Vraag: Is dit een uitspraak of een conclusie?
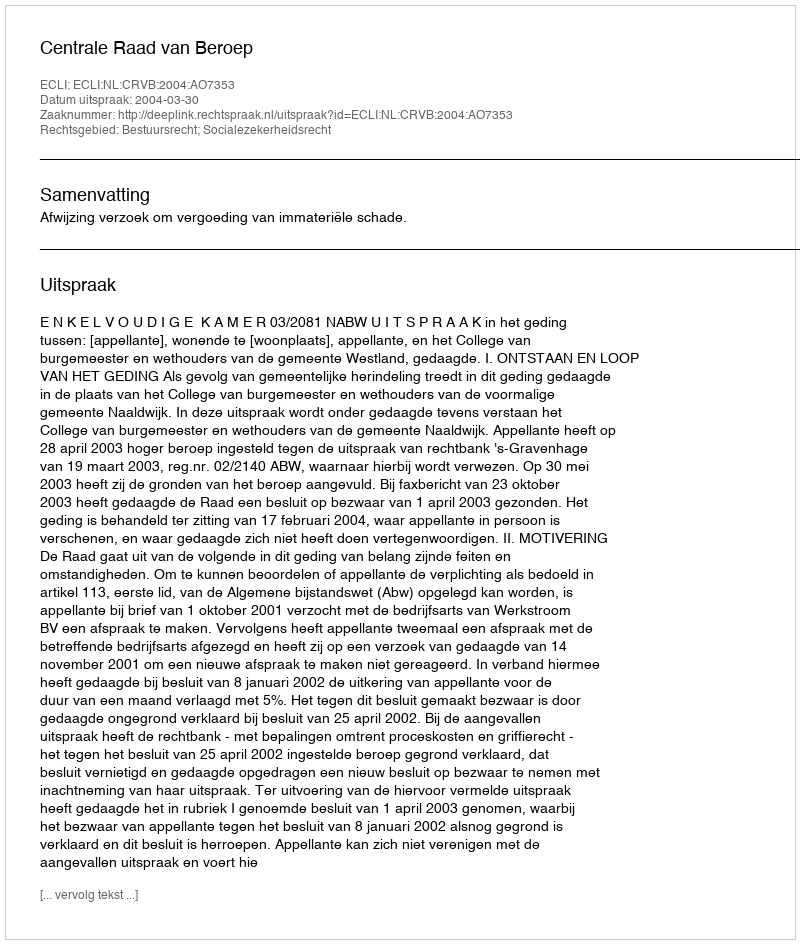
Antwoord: Uitspraak